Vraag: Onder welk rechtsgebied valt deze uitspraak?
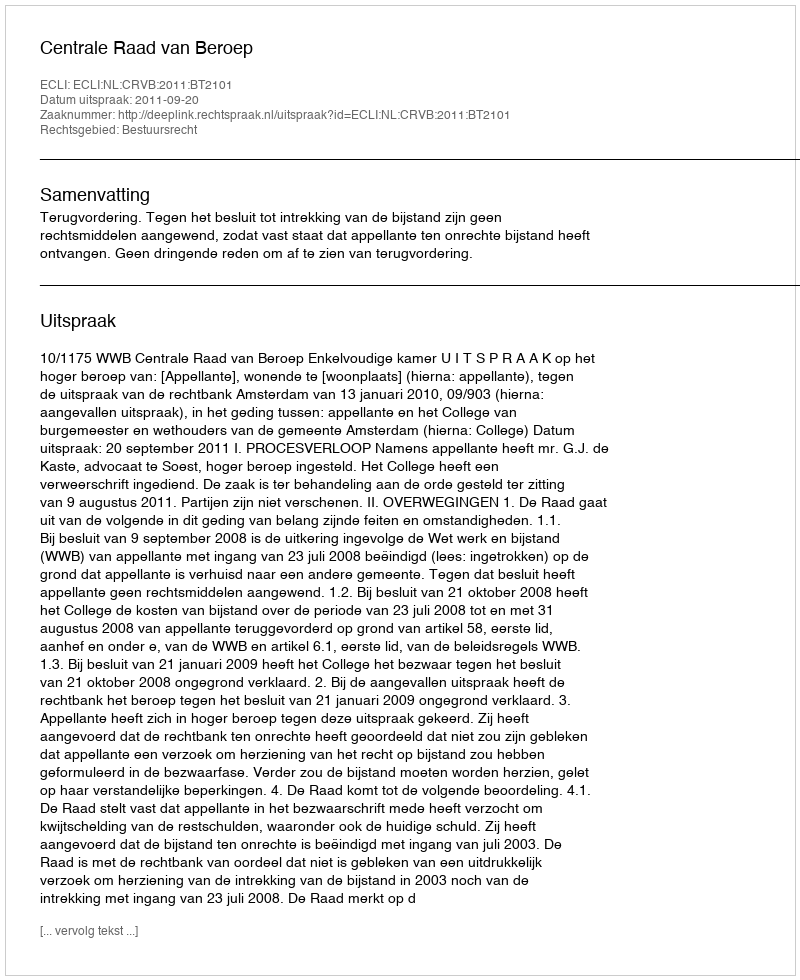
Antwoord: Bestuursrecht